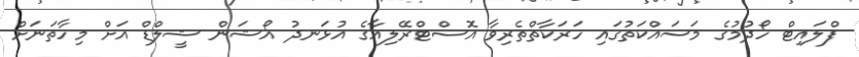
ފްލައިޓް ހޯދުމުގެ މަސައްކަތުގައި ހަރަކާތްތެރިވާ އޮސްޓްރޭލިއާގެ އުޅަނދު އޯޝަން ޝީލްޑް އަށް މިހާތަނަށް